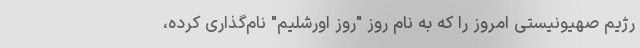
رژیم صهیونیستی امروز را که به نام روز "روز اورشلیم" نام‌گذاری کرده،